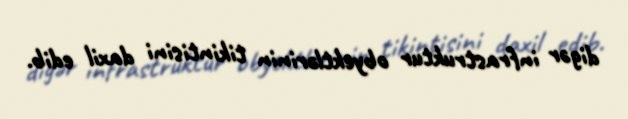
digər infrastruktur obyektlərinin tikintisini daxil edib.